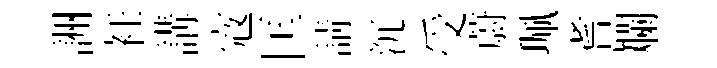
詶衽講𡨥匡請沉受蔚珮耆斕